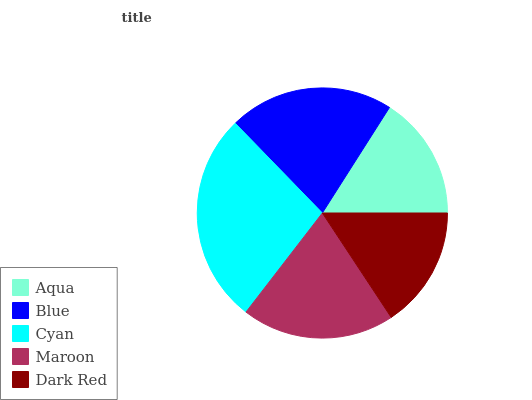
| Aqua | Blue | Cyan | Maroon | Dark Red |
 | --- | --- | --- | --- | --- |
 | 15.9% | 21.3% | 27.2% | 19.8% | 15.7% |